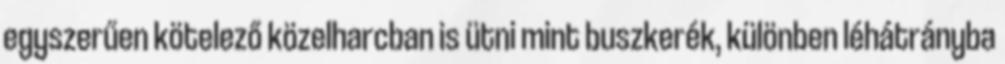
egyszerűen kötelező közelharcban is ütni mint buszkerék, különben léhátrányba